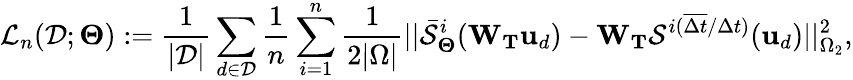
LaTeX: \mathcal{L}_{n}(\mathcal{D};\boldsymbol{\Theta}):=\frac{1}{|\mathcal{D}|}\sum_{d\in\mathcal{D}}\frac{1}{n}\sum_{i=1}^{n}\frac{1}{2|\Omega|}||\bar{\mathcal{S}}_{\boldsymbol{\Theta}}^{i}(\mathbf{W}_{\mathbf{T}}\mathbf{u}_{d})-\mathbf{W}_{\mathbf{T}}\mathcal{S}^{i(\overline{{\Delta t}}/\Delta t)}(\mathbf{u}_{d})||_{\Omega_{2}}^{2},